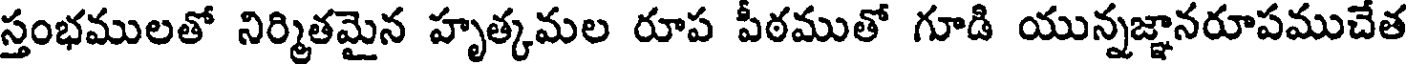
స్తంభములతో నిర్మితమైన హృత్కమల రూప పీఠముతో గూడి యున్నజ్ఞానరూపముచేత